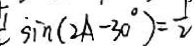
\sin ( 2 A - 3 0 ^ { \circ } ) = \frac { 1 } { 2 }